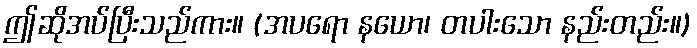
ဤဆိုအပ်ပြီးသည်ကား။ (အပရော နယော၊ တပါးသော နည်းတည်း။)